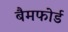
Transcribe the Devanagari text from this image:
बैमफोर्ड